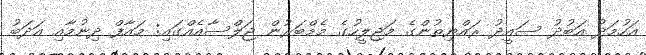
އަހުމަދު އަބުދު ސައީދު ރައްޔިތުންގެ މަޖިލީހުގެ މެމްބަރުން ޖަލްސާއެއްގައި: މައާފް ދިނުމާއި އަދަބު